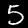
Digit: 5